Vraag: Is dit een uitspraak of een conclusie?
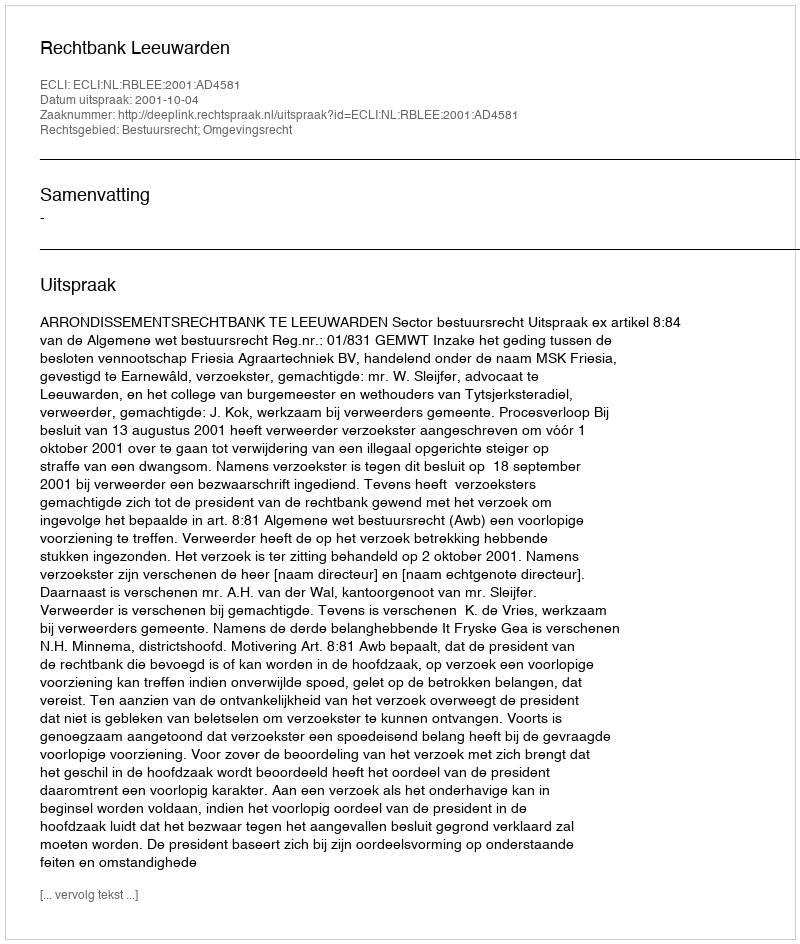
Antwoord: Uitspraak